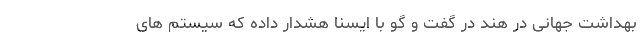
بهداشت جهانی در هند در گفت و گو با ایسنا هشدار داده که سیستم های